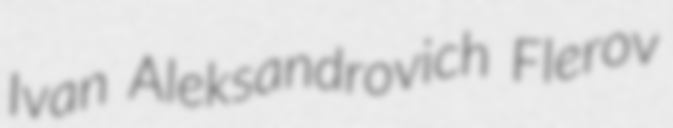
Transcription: Ivan Aleksandrovich Flerov